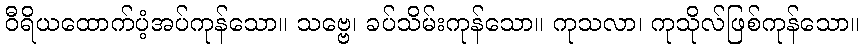
ဝီရိယထောက်ပံ့အပ်ကုန်သော။ သဗ္ဗေ၊ ခပ်သိမ်းကုန်သော။ ကုသလာ၊ ကုသိုလ်ဖြစ်ကုန်သော။